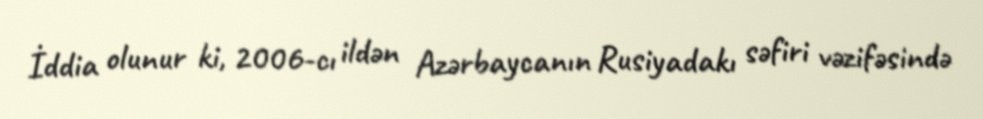
İddia olunur ki, 2006-cı ildən Azərbaycanın Rusiyadakı səfiri vəzifəsində